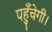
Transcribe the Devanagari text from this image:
पहुँचेगी।